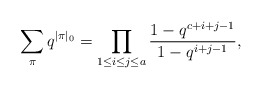
\begin{align*} \sum_\pi q^{\vert\pi\vert_0}=\prod _{1\le i\le j\le a} ^{}\frac {1-q^{c+i+j-1}} {1-q^{i+j-1}},\end{align*}